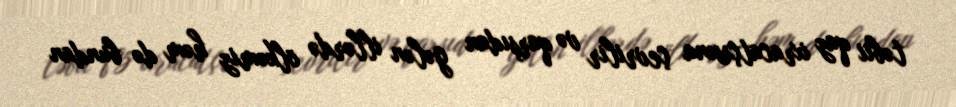
təbii qaz ixracatçısına çevrilir və qarşıdan gələn illərdə ölkəmiz həm də bundan